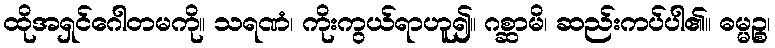
ထိုအရှင်ဂေါတမကို။ သရဏံ၊ ကိုးကွယ်ရာဟူ၍။ ဂစ္ဆာမိ၊ ဆည်းကပ်ပါ၏။ ဓမ္မဉ္စ၊